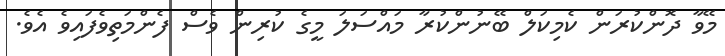
މޭވާ ދޮންކުރަން ކެމިކަލް ބޭނުންކުރާ މައްސަލަ މީގެ ކުރިން ވެސް ފެންމަތިވެފައިވެ އެވެ.